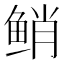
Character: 𱇯